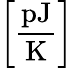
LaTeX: \left[\frac{\mathrm{pJ}}{\mathrm{K}}\right]